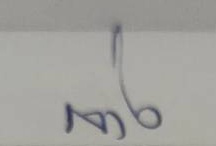
ล่าง